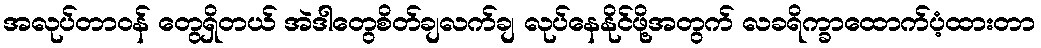
အလုပ်တာဝန် တွေရှိတယ် အဲဒါတွေစိတ်ချလက်ချ လုပ်နေနိုင်ဖို့အတွက် လခရိက္ခာထောက်ပံ့ထားတာ